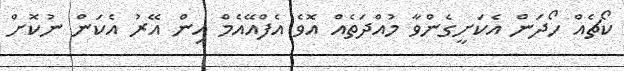
ކޯޗެއް ހޯދަން އެކަށީގެންވާ މުއްދަތެއް އޮވެ އެފްއޭއެމް އިން އޭރު އެކަން ނުކޮށް